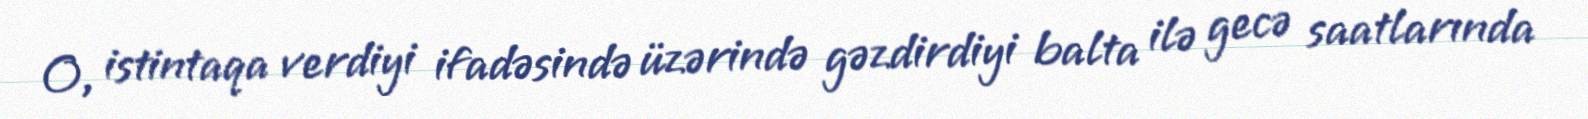
O, istintaqa verdiyi ifadəsində üzərində gəzdirdiyi balta ilə gecə saatlarında